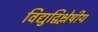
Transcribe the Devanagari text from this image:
विद्युद्विश्लेषीय